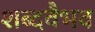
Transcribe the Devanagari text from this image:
शब्दवैभव